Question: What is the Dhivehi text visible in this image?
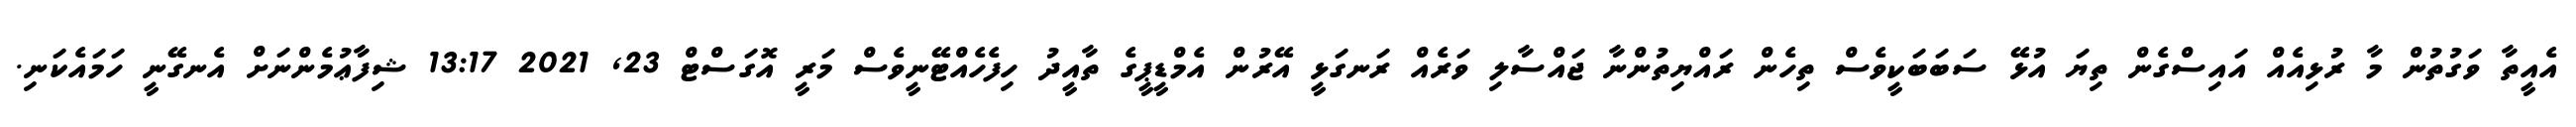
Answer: އެއީތާ ވަގުތުން މާ ރުޅިއެއް އައިސްގެން ތިޔަ އުޅޭ ސަބަބަކީވެސް ތިހެން ރައްޔިތުންނާ ޖައްސާލި ވަރެއް ރަނގަޅީ އޭރުން އެމްޑީޕީގެ ތާއީދު ހިފެހެއްޓޭނީވެސް މަރީ އޮގަސްޓް 23, 2021 13:17 ޝިފާޢުމެންނަށް އެނގޭނީ ހަމައެކަނި.